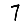
Digit: 7